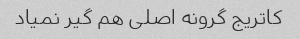
کاتریج گرونه اصلی هم گیر نمیاد